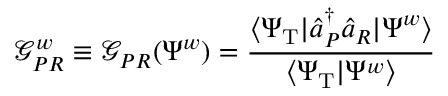
\mathcal G _ { P R } ^ { w } \equiv \mathcal G _ { P R } ( \Psi ^ { w } ) = \frac { \langle \Psi _ { \mathrm { T } } | \hat { a } _ { P } ^ { \dagger } \hat { a } _ { R } | \Psi ^ { w } \rangle } { \langle \Psi _ { \mathrm { T } } | \Psi ^ { w } \rangle }